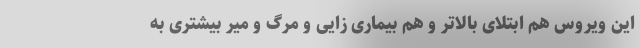
این ویروس هم ابتلای بالاتر و هم بیماری زایی و مرگ و میر بیشتری به